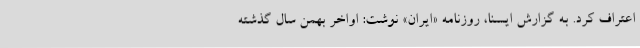
اعتراف کرد. به گزارش ایسنا، روزنامه «ایران» نوشت: اواخر بهمن سال گذشته